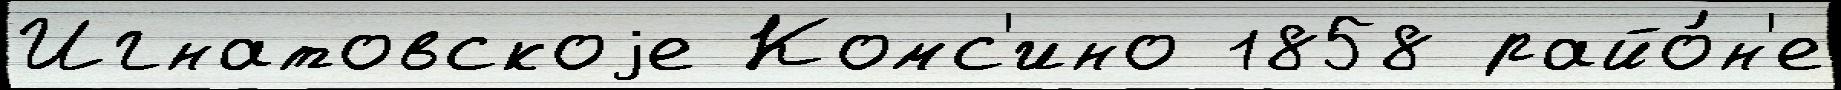
Игнатовскоjе Комс'ино 1858 райо́н'е